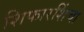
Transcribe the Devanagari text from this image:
शिफारशिंचा